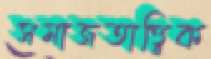
সমাজতাত্ত্বিক